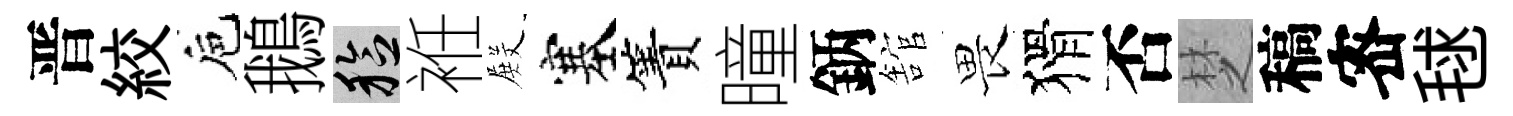
晋絞巵鵝稔袵𭮺塞簀曈鈵舘畏猾否椘稿宻毬